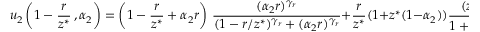
u _ { 2 } \left( 1 - \frac { r } { z ^ { * } } \, , \alpha _ { 2 } \right) = \left( 1 - \frac { r } { z ^ { * } } + \alpha _ { 2 } r \right) \, \frac { ( \alpha _ { 2 } r ) ^ { \gamma _ { r } } } { ( 1 - r / z ^ { * } ) ^ { \gamma _ { r } } + ( \alpha _ { 2 } r ) ^ { \gamma _ { r } } } + \frac { r } { z ^ { * } } ( 1 + z ^ { * } ( 1 - \alpha _ { 2 } ) ) \frac { ( z ^ { * } ( 1 - \alpha _ { 2 } ) ) ^ { \gamma _ { p } } } { 1 + ( z ^ { * } ( 1 - \alpha _ { 2 } ) ) ^ { \gamma _ { p } } } \; .